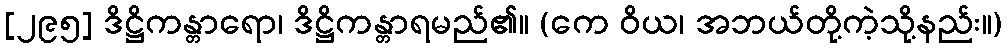
[၂၉၅] ဒိဋ္ဌိကန္တာရော၊ ဒိဋ္ဌိကန္တာရမည်၏။ (ကေ ဝိယ၊ အဘယ်တို့ကဲ့သို့နည်း။)